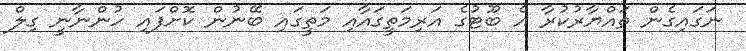
ނަގައިގެން ތައްޔާރުކުރާ އެ ބޫޓުގެ އަރިމަތީގައާއި މަތީގައި ބޭނުން ކޮށްފައި ހުންނާނީ ގިލް